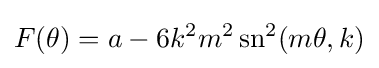
F(\theta )=a-6k^{2}m^{2}\operatorname {sn} ^{2}(m\theta ,k)